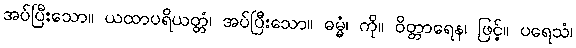
အပ်ပြီးသော။ ယထာပရိယတ္တံ၊ အပ်ပြီးသော။ ဓမ္မံ၊ ကို။ ဝိတ္တာရေန၊ ဖြင့်။ ပရေသံ၊